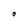
Character: O